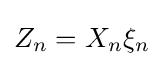
Z_{n}=X_{n}\xi _{n}